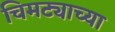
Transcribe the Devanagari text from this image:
चिमट्याच्या